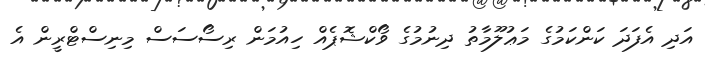
އަދި އެފަދަ ކަންކަމުގެ މަޢުލޫމާތު ދިނުމުގެ ވޯކްޝޮޕެއް ހިއުމަން ރިސޯސަސް މިނިސްޓްރީން އެ